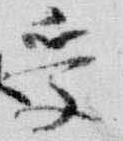
受